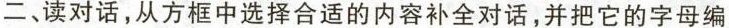
二，读对话,从方框中选择合适的内容补全对话,并把它的字母编